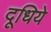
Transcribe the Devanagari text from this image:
दूधिये